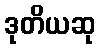
ဒုတိယဆု